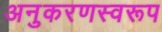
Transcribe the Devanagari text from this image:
अनुकरणस्वरूप